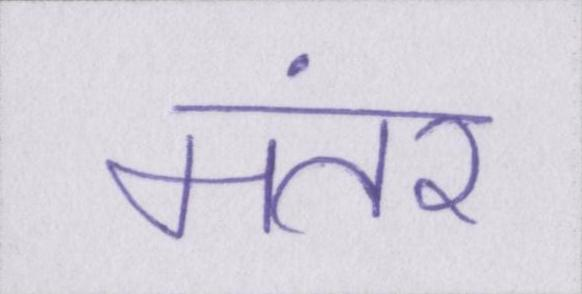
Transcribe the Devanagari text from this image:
मंतर